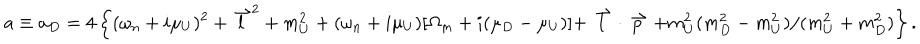
a \equiv a _ { D } = 4 \left\{ ( \omega _ { n } + i \mu _ { U } ) ^ { 2 } + { \stackrel { \rightharpoonup } { l } } ^ { 2 } + m _ { U } ^ { 2 } + ( \omega _ { n } + i \mu _ { U } ) [ \Omega _ { m } + i ( \mu _ { D } - \mu _ { U } ) ] + \stackrel { \rightharpoonup } { l } \cdot \stackrel { \rightharpoonup } { p } + m _ { U } ^ { 2 } ( m _ { D } ^ { 2 } - m _ { U } ^ { 2 } ) / ( m _ { U } ^ { 2 } + m _ { D } ^ { 2 } ) \right\} .